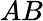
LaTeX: AB